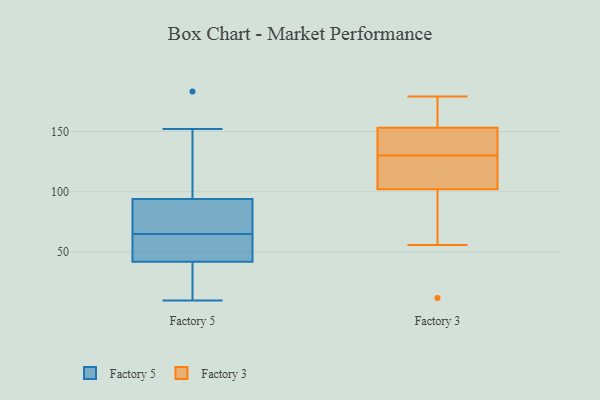
{"axis": {"x": "Budget (USD K)", "y": "Value"}, "legend": ["Factory 3", "Factory 5"], "data": [{"x": "", "y": 10, "type": "Factory 5"}, {"x": "", "y": 16, "type": "Factory 5"}, {"x": "", "y": 71, "type": "Factory 5"}, {"x": "", "y": 183, "type": "Factory 5"}, {"x": "", "y": 94, "type": "Factory 5"}, {"x": "", "y": 42, "type": "Factory 5"}, {"x": "", "y": 16, "type": "Factory 5"}, {"x": "", "y": 111, "type": "Factory 5"}, {"x": "", "y": 152, "type": "Factory 5"}, {"x": "", "y": 50, "type": "Factory 5"}, {"x": "", "y": 90, "type": "Factory 5"}, {"x": "", "y": 52, "type": "Factory 5"}, {"x": "", "y": 76, "type": "Factory 5"}, {"x": "", "y": 59, "type": "Factory 5"}, {"x": "", "y": 148, "type": "Factory 3"}, {"x": "", "y": 56, "type": "Factory 3"}, {"x": "", "y": 156, "type": "Factory 3"}, {"x": "", "y": 102, "type": "Factory 3"}, {"x": "", "y": 153, "type": "Factory 3"}, {"x": "", "y": 130, "type": "Factory 3"}, {"x": "", "y": 12, "type": "Factory 3"}, {"x": "", "y": 115, "type": "Factory 3"}, {"x": "", "y": 179, "type": "Factory 3"}, {"x": "", "y": 130, "type": "Factory 3"}]}